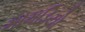
મામડિયો